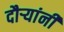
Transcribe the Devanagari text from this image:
दौर्‍यांनी